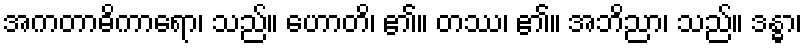
အကတာဓိကာရော၊ သည်။ ဟောတိ၊ ၏။ တဿ၊ ၏။ အဘိညာ၊ သည်။ ဒန္ဓာ၊